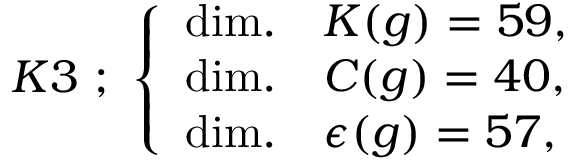
K 3 ~ ; ~ \left\{ \begin{array} { l l } { { \mathrm { d i m . } } } & { { K ( g ) = 5 9 , } } \\ { { \mathrm { d i m . } } } & { { C ( g ) = 4 0 , } } \\ { { \mathrm { d i m . } } } & { { \epsilon ( g ) = 5 7 , } } \end{array} \right.